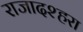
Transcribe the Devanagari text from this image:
राजादश्हरा